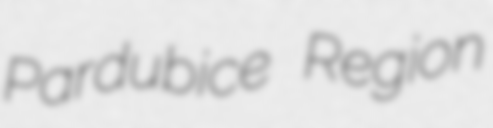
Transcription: Pardubice Region